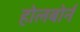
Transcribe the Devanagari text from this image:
होलबोर्न